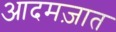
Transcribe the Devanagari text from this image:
आदमज़ात